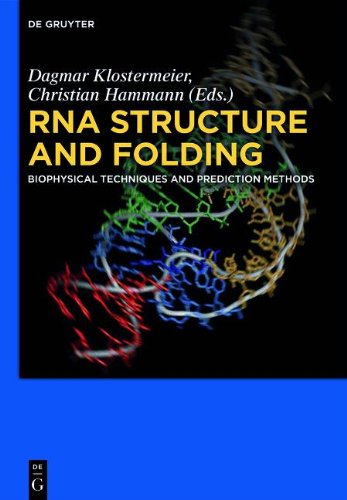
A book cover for RNA Structure and Folding; Science & Math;